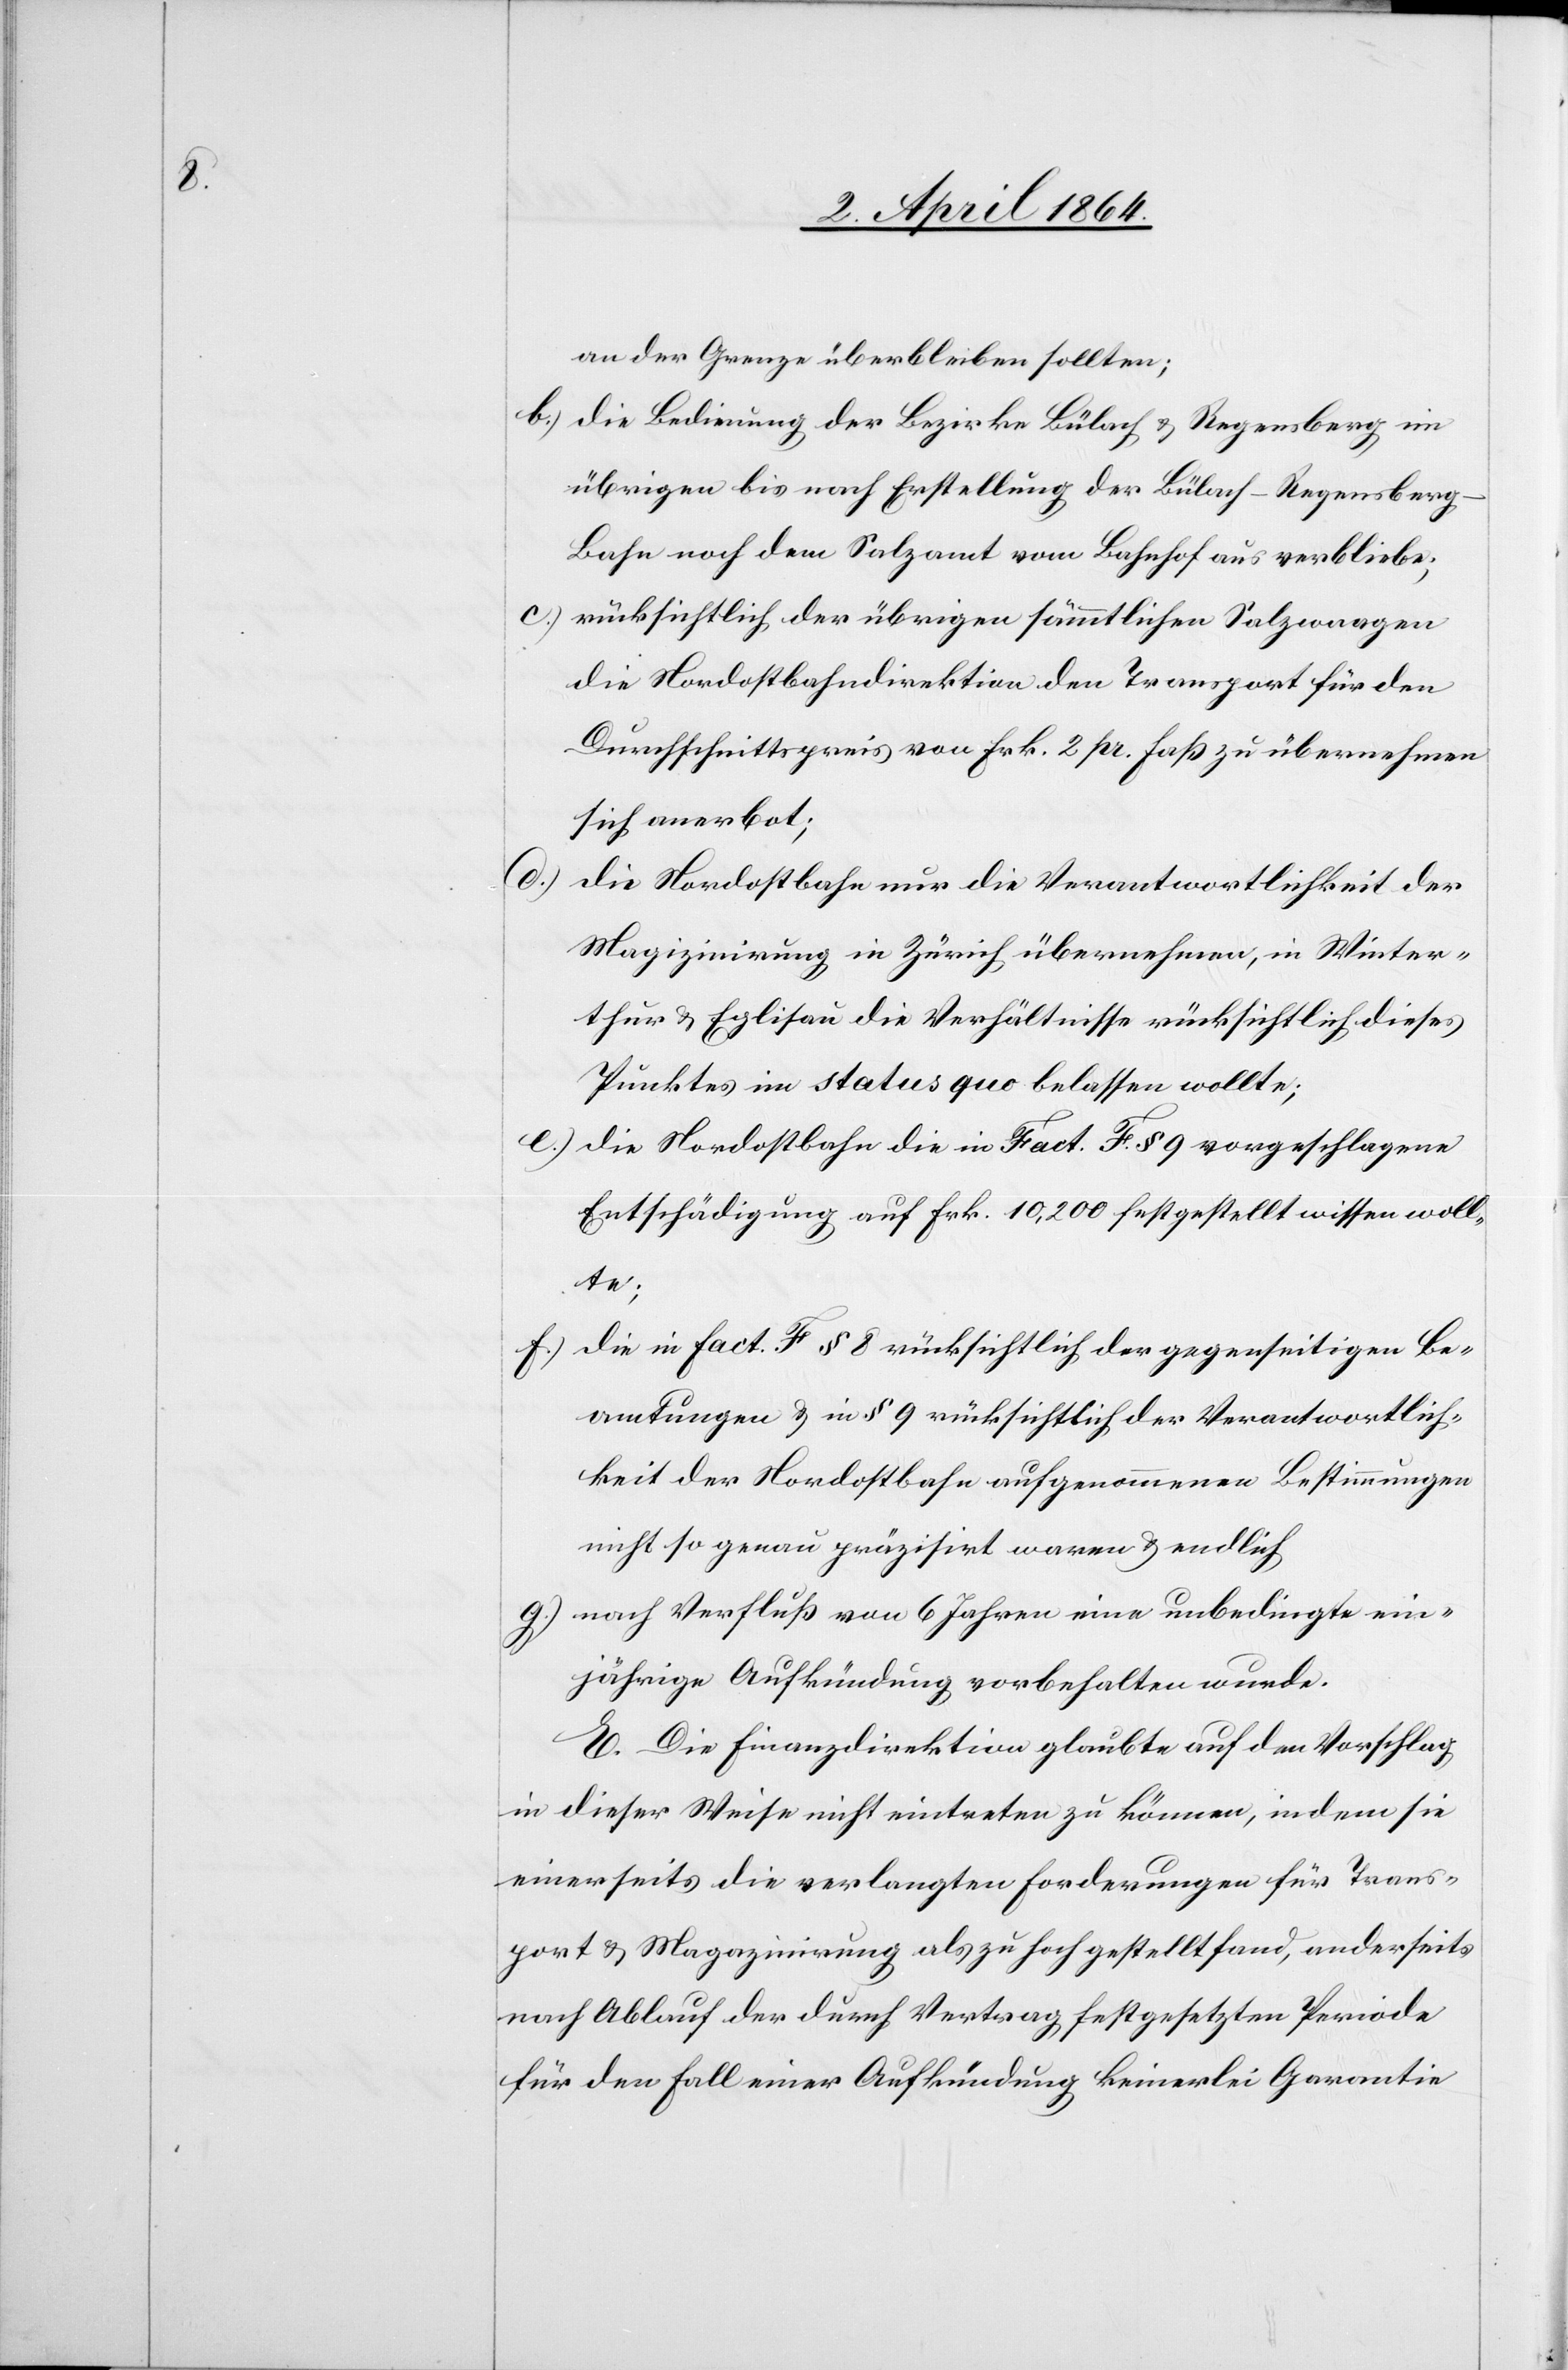
an der Grenze überbleiben sollten;
b.) Die Bedienung der Bezirke Bülach u. Regensberg im
übrigen bis nach Erstellung der Bülach-Regensberg-B¬
ahn noch dem Salzamt vom Bahnhof aus verbliebe;
c.) rücksichtlich der übrigen sämmtlichen Salzwaagen
die Nordostbahndirektion den Transport für den
Durchschnittspreis von Frk. 2 pr. Faß zu übernehmen
sich anerbot;
d.)
die Nordostbahn nur die Verantwortlichkeit der
Magazinirung in Zürich übernehmen, in Winter¬
thur u. Eglisau die Verhältnisse rücksichtlich dieses
Punktes im status quo belassen wollte;
e.) die Nordostbahn die in Fact. F. § 9 vorgeschlagene
Entschädigung auf Frk. 10,200 festgestellt wissen woll¬
te;
f.) die in fact. F § 8 rücksichtlich der gegenseitigen Be¬
amtungen u. in § 9 rücksichtlich der Verantwortlich¬
keit der Nordostbahn aufgenommenen Bestimmungen
nicht so genau präzisirt waren u. endlich
g.) nach Verfluß von 6 Jahren eine unbedingte ein¬
jährige Aufkündung vorbehalten wurde.
E. Die Finanzdirektion glaubte auf den Vorschlag
in dieser Weise nicht eintreten zu können, indem sie
einerseits die verlangten Forderungen für Trans¬
port u. Magazinirung als zu hoch gestellt fand, anderseits
nach Ablauf der durch Vertrag festgesetzten Periode
für den Fall einer Aufkündung keinerlei Garantie